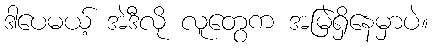
ဒါပေမယ့် အဲဒီလို လူတွေက အမြဲရှိနေမှာပဲ။